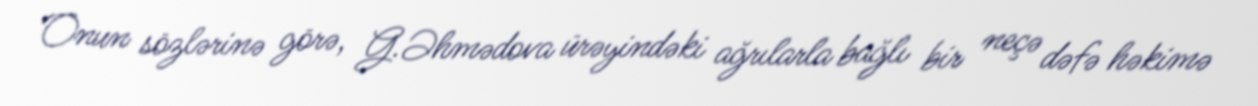
Onun sözlərinə görə, G.Əhmədova ürəyindəki ağrılarla bağlı bir neçə dəfə həkimə